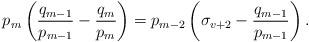
LaTeX: \begin{align*}p_{m} \left( \dfrac{q_{m-1}}{p_{m-1}}-\dfrac{q_m}{p_{m}} \right)=p_{m-2} \left( \sigma_{v+2}-\dfrac{q_{m-1}}{p_{m-1}} \right).\end{align*}